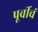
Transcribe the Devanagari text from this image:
पूर्वीचं